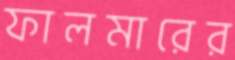
ফালমারের